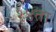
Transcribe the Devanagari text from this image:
१४ता